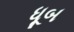
ધૂબ